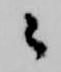
々